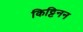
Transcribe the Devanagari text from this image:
किट्टिनन